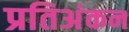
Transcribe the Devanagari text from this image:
प्रतिअंकन